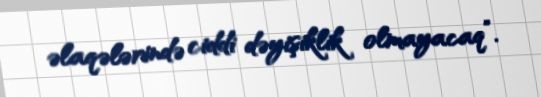
əlaqələrində ciddi dəyişiklik olmayacaq”.